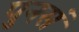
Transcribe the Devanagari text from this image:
पुनसं